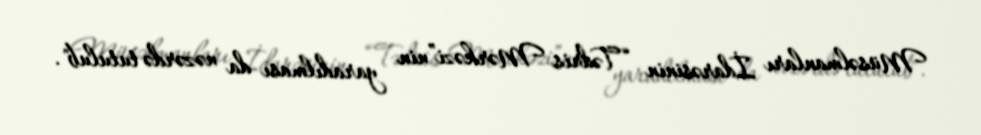
Müsəlmanları İdarəsinin “Tədris Mərkəzi”nin yaradılması da nəzərdə tutulub".